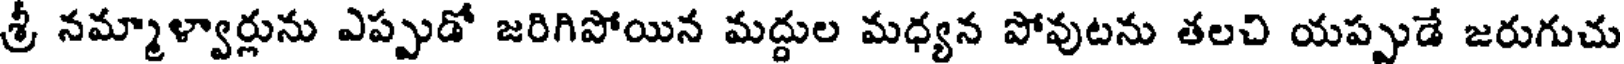
శ్రీ నమ్మాళ్వార్లును ఎప్పుడో జరిగిపోయిన మద్దుల మధ్యన పోవుటను తలచి యప్పుడే జరుగుచు